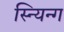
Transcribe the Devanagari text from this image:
स्न्यिन्ग